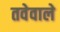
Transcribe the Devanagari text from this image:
तवेवाले